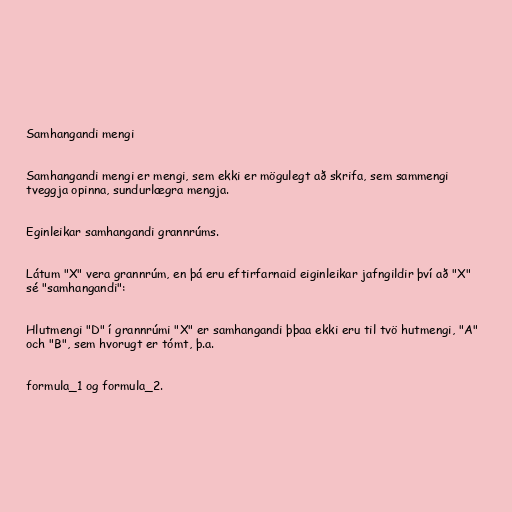
Samhangandi mengi

Samhangandi mengi er mengi, sem ekki er mögulegt að skrifa, sem sammengi
tveggja opinna, sundurlægra mengja.

Eginleikar samhangandi grannrúms.

Látum "X" vera grannrúm, en þá eru eftirfarnaid eiginleikar jafngildir því að "X"
sé "samhangandi":

Hlutmengi "D" í grannrúmi "X" er samhangandi þþaa ekki eru til tvö hutmengi, "A"
och "B", sem hvorugt er tómt, þ.a.

formula_1 og formula_2.